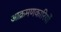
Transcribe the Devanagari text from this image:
आक्रमणकारियोंं